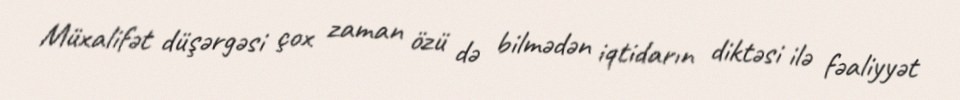
Müxalifət düşərgəsi çox zaman özü də bilmədən iqtidarın diktəsi ilə fəaliyyət